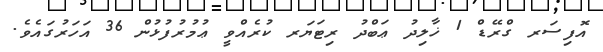
އޮފިސަރ ގްރޭޑް 1 ޚާލިދު ޢަބްދު ރިޓަޔަރ ކުރެއްވީ ޢުމުރުފުޅުން 36 އަހަރުގައެވެ.